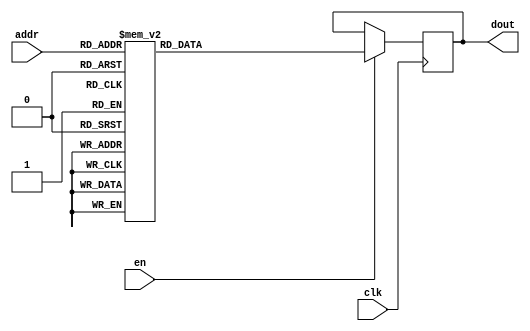
`timescale 1ns / 1ps
/*
Copyright
All right reserved.
Module Name: rom_syn
Author  : Zichuan Liu, Yixing Li and Wenye Liu.
Description:
A synthesized ROM: ROM_DEP x ROM_WID
*/
module DC_9_W_ROM_6(
// inputs
clk,
en,
addr,
// outputs
dout
);
localparam ROM_WID = 512;
localparam ROM_DEP = 32;
localparam ROM_ADDR = 5;
// input definition
input clk;
input en;
input [ROM_ADDR-1:0] addr;
// output definition
output [ROM_WID-1:0] dout;
reg [ROM_WID-1:0] data;
always @(posedge clk)
begin
if (en) begin
case(addr)
		5'd0: data <= 512'b00000101111000111011001110000110011001010010000011001010100110011010100111001011110100000111101001001110010101001101000000101101011011001000110100110001011000111110110001100110110011000110100001011010101100011100110010011010000001001010101001010110110000100111111100000001010111110001001001011000110001100011001100111101101110000101000010100011100111111010111001111100100100110000110110011001100111000100000101001001000000011111010110110010101101000000010000101100110010111000111000110001110011011010100100100011;
		5'd1: data <= 512'b00110100110011110110001111010110011110010110011010000000101100001010000010000011110110011111101101100110000111011101011000100001011011000110100000110001111011011110100110010110110101010100100001000111111110010111010000110110011011101100110011010101100011011100100100010011011110111001111001110100100000100111001101111100101110000000001110110000110111110100001001111000110110111000110101101001110111001100100001101001010100010010000100101100111000000111010111001110001100101100011100101110111000000000100101110101;
		5'd2: data <= 512'b01111110110110111001011001001010001100001001100001111101010001101101010000001011010010010110111001100100101011010111011101001111010111001001110010011110010101001000011101001111011001010000001001000110101110001001111101110110111011001000110111011101100011110111100111011110101101110010011101110111101001111011101000001111010110111101101110111101010010010111000101111010011000001010110111110111110101101001001111010110000011100100110001101111011100111101110111111001001110100100010100001100010010010100001000001101;
		5'd3: data <= 512'b10111100010100111010011110100001011111010111101010110101000110001110011101001110011000101110010000010011000100000011100100101011001010101111010111111010011110010011001001101011101110111111011100100101101010001110110010010101110000110010001101100010000101110111010111100100101010000110000100011001010000011000010111110010001101000100000100111010101100001000000000100100000000001111011000001100010111010111100000111010010110101110001110101010010011111010101101100000111001010101110100100110100001010101101010001101;
		5'd4: data <= 512'b01001111001111010101000101100011100001101010010111011001110101010001110111100000100111011010101110101100101111101101101000111010010110100001110100000101010000110101101110000000101000111100010011000100010101010111110001101100100011101000010010000000101000010010100011110100011101001011011111011010111111010001100010011100111011101001001011001101101011111010010010110001010111000110001011000100110001011010010000001101001011001010010101000000010001111000111111101011110110110011100111001001111000101001010111000000;
		5'd5: data <= 512'b00011100110010111010110011011110011111100010000010111001110010011000101101110001010100011010101010111010000001101111000000101111011110011110010000110011011010010000100111010010010101111100101011100100001000000101111010011100011001010110110100110111000001111010011110101111010000100100010001011000000000010011001101011110011111010100001110100011101101101010110000101110011110011100010110111001011111001100100000111100010101101010000010101010000101000011010101010100101001111011101010000011100010011001001100100111;
		5'd6: data <= 512'b01000100100110111000101010000110011100001100000010011101000100011000100111010101011101111011001011000100011000100011011011000010000000010100100110011011110011110101000011100010110000000010000111000100000000000001110010101011010111100101010110100100100000110001010111111011011101100001010011111111011001100000101100000001111111001010000111000111101001110110110010111100101110011000101110010010111101001101111110010101101111011010000101101100110010010101011011110010111010110101111110010001001110001001100110110100;
		5'd7: data <= 512'b01111100111111010001011001110110000010000001001110000100110101011011101110010101110111001101100101000000110000110011010110110000100100010100100100010111110011100101000100011110100100100010010011110110100000001001111110110011010011000101010101011111100111111110110100010111000110011000110010110110100111100110010101010110110000100110100111011010111100111110110001001110111101111100110111111001010011111001110011110100101011110100100001010111010011100001111111010110111011001010101110011100111000111001001000110111;
		5'd8: data <= 512'b01100101110010000010001111010100011101000010001010010001011111010011100001001101000111110110001000000000001100110010110000000000101000011101110000001011111100000001001000011100010100110001000011001111110100100100110011110011011110111101001111110101111001110111010111101010000001010001100010110111100001010010010001010111011110110110100100110110001000011111001000101000110110011101110110101010001001011101011111110101111011101010110001101001111000000010011101111110011000101011000010000111011000001100000010100110;
		5'd9: data <= 512'b01100011100110001111101000110001111101011100010111011111101001100001110110101111010110110010111111111011111010111010011111010100101101011000000011001100101101000010111101111000110000000001111111011010110101110011001101011010101111011000110011110100010110100000001011111011100100100110111000100111011111001010101011001011010110111010101011001101010010000110001111001011111010100011001100110111000000001111011011001110010010001101110011011101101000001111010010001111010110101110001001011000101111101000111111010010;
		5'd10: data <= 512'b10000001000110001010110001100101011111111010010111011001010011011010001100011000010001000111000000001011001001000011100001101011101000101110010000000011011111010001101001100010101101101111101100001011101000001010110000000101011001011010101101100101111101111101001110110111111000000110010000010100010000010100110101100110011011011000010110110111101101001110001110101101100110101100011010001100101000010110001110111100010010101011010111011010000001010001010100110110111000111001110010011010100010011001010010000111;
		5'd11: data <= 512'b10101110010010011010001011110100010001100000100110101000110110111111011110100010011001110101011011101101100101111101101000100001101110010010001010111111011010011000110100001110101001001100110100101111000000000100101001011101111010000110011100011000010111011000111100100111010111010110010111010010100000100011000111011111000101010100101100000100101111001010100001000110000000011010010110111001011111100100101010111110000111101011101000100011000111100000011111010101101100001011101110101101111000010100000010100111;
		5'd12: data <= 512'b10000011101100011001011010101001110101000000011111110111000011101111000001000011010101010010000000000100101101010011100100001001001000010001100001001010101100000100100001110101000110101100000100001110101110001100010011011110100101110101011101110101010010000011110011100111100111000101101111111011100001110100100110110111011101111111110110011111001000000011010101111000010011010011010111011110110100110101010100111010110111101111111000100111101001010000000000100000000001110100111001000100110111001111000011001011;
		5'd13: data <= 512'b01000100000110100010100110010111110111011110011100001001010011011001011111100101100111100000001111101110111001110000100010011100110110100101010000000110000000001000101110011001100100101111101100101011101101110011000001100001000101001010100000010000010111001001000010110011001001111010101000000111000110010011101001000001110000101011001110010101001011000101111110011011101001011001001010010101100000010010101010001110001110101011011100100000100010001001001100011111001010001011010010001000101010100001010111010100;
		5'd14: data <= 512'b00001011101010111111001110100101110011110100010111011110111110110011001000110010101101010011001000110100110101011100000000001110001110010100001111001101011000100111000001111100000111101000100010011000100001100110010010011110001100011001100101100110101100100111011010000001000011101001000110001000010101110101010100010001001100010011010010101101100011110010110001011001110101000100001101001000110000000010100100000100111100011001001100011000100011000000011000110111110100011010111001000011110101100111111101000010;
		5'd15: data <= 512'b11100100110111010001110101011110000010011011001000111001110111011101101111011101111000100101110000001010011000110111011000110101111000101100010011111111100011001110100101010010101011010001110101101111101100111101101101001111111111000100001101101001000001110111100100111110100110000100111101001010101010001010110111011001010110111111001111000110110110111111110110111010010111111101110110110001101101110101001101111001111010100010110001111111001001011111010101100100101011010000001010001110000010000011001110100111;
		5'd16: data <= 512'b10111000100000010011011110000100011001010001011011100111100011111000110000110100000000111110111001010000010101010110111000001000011111001001100000111010000100111010011001101011000100100101000001110101101111000100100111010010001001000010101010011110010011110000010011111111100100011110011100101101101111001011011000110010011101000111110010101011100010011011000000110000010000010001111110000110000111100000000011001011001101000000011110100100011100010010001000101011010011001101110001000000100001100110000111001001;
		5'd17: data <= 512'b10110000011110110011000010000000111011100111011000010010100101001000101001101101000100011100011001100100000011001001010000010101010010111011001011111010111111011011011001110011010010011111100010110111101010111001110110000000011010100100111101011011100001110001101100111111011011110101000010011100001000011100000000010111001111100101110011001010111110111000101011100100100010110000110011000001011110011100000101110111110101010110101110000100001100110111011110100001000111100100000111101011001000001011101001111011;
		5'd18: data <= 512'b10100111100100111111110010001000111110000101000000011110011011001100111111110100010100100100110001010111001010000011011100001111011011011100011011111000011010001011011001101111000010100011011111110110000111001000010110010110101000101010100111101101110001110101001111010100111010110010011110010101100011100011101011100001011110100010010010111110010101110100010111100100100000100001100001111011101000101001101100110010000101100101101010101110110000011101110000100001000101010100010001010101100011011100101001101011;
		5'd19: data <= 512'b00010110100101000001110101011100011110010001001010111100110000111111100111011110111010000111110100110001010010011111010100011101000001001100110011011001010110000010111111011010111110010011001001001011001100101010101001010100111101010100100001011111010001110111011011101010110110000100001100100100111011011011110101100000000100111111000100101011001110010001110100111000010001011101110100111011010111110111011100110010010011100101100010111111001001011110110100101101001000010000011010010000100100000101101010110101;
		5'd20: data <= 512'b11001110011010010011000001111010000101101001100000110001000100011101011001001100010001010110000111111010101100100001001001001111000111101101011001011110010101010110011111010011010000000001001101101110110110010101110101000010011111011101110110111101110001110001100111111011101101101111111111101111001000001100101010000111111110111000111111011100000010010010101110111010010111011011110011111011101101101000000111010011100111101001111001100011100000101100110101101011001100100101001110011100001001010100100010011111;
		5'd21: data <= 512'b10110110010011111000101101010100010011000001001110100001110110110001100111101010110101010010100110100101100110101001010011111101000011110000111000010011101010001110011000001010011100110110100011000111000000010101100000111100110011101100110000010001110011011001000111010011011110011001011011011010100011100000100101101111000110100010011110001000001011110110110001111010100100111000110101101001111111101000010101110101010001111001101000100011100010000111001101110001101100101010100110011101101000011100100000000101;
		5'd22: data <= 512'b00110100110011110010001111110110011110000110101010000000000111001010000001001011010000011001101101000000000111001101011001101011111011000110100000110001111011011000100011011111110111110110100001000111111110110101110000110010011011001110100010100001100011111100000100011010011010110001011001100100110001010111001011111011100111001000101110100001100111110100001001111100110100101000110101100101011101001100101101111001010100010010010101101010011010000101000101111101001010111101011100101111111010000000100101000101;
		5'd23: data <= 512'b01001101101110110100100110000011010110001110000111011110001101000000100011110111000101111111001011110110101000100010010011011010010001010100111110001110110001111101001010110101110010110011000111000110110001110001011101100010000101111001010000011101101010001101000000011001101100111001110011111111010001010001111000000000111111100000000011010011111000110100010001110101011111000000111011000110101010001111110111100101101101000100100101111100110000010111110010110010010011100111100101110001000001101111111100011001;
		5'd24: data <= 512'b00010101010000111010010101100100011111100110010000110000010000011100100100010000010100000111011010000011000001000011110011101111000100101110010001010111111110010011000111101010001101111111001100000101101000001000110010010101001000010010011101101110010101111110010111101110110000001100010001110100010011011101001101100010011110000100101110100010101100100110110100101001011010011100011000001000011111101101100010111010000111100010000110101110000001101011000101000000111001010001111010110010101000000000011010100101;
		5'd25: data <= 512'b00001011001100110000110110001100010011000111001011010010001101101110010000000100000100011100000010010010001100010001000000001101011010111101001011000000001010001111110001100111010110111101001111000111110111111110010010001010000100010001100101110000000100011001111101100111011010100111101110001111100001011100001001110001011110001011010010011110101010011000010110101100100010110001010110111000001101110000000100111010110001001111000100100101101011111000000000101001000111000101010001000111100011101101101010001010;
		5'd26: data <= 512'b01011100010011111001000101110110000001101010100101000000100111111011000110010001100110001110100001000100110011110101011011100000000111101100101100100111010101111101000101010110011101001110110011110101011000011000100000101000010011010100110100011100110110111101110100010101010101011001100011010010011110010100010000011110110000111101101111001110111010001010111001010110011111111100101011001011011011111000010110110100001000110100100101001101001111100101010110010010011011110011101110001001111100111001101100100111;
		5'd27: data <= 512'b10110110000001101100100010000100111110010100011011100010001011101010001101010011011101001000101101100111010111001101000000100001111010101100100000100011001000001010110111100111100110101110110000001101101010110100001010010100111100000010100011010000110101100101010100001011010010010001000001110100000001100011001101111001101110000111000100110001011111101101101001100100100100111000110000001001010110001100100101111001110100010111010110101110111010000011001000101100111101111101011101110111111011001000101100110001;
		5'd28: data <= 512'b11000011000010111100101100000010110101101000010011111010100001100000010100100101000101011010100011111100111010011000111111011110000100101000010100000110001001000000101001110000010001100011001111001110110101100001010000010110100101011000110010110000011010000010101011110011110001101011111011000111010001010111101000000011001011001010111010101001111011000010111111101001101110101001001101011010011000000010100110001100101001011001000100001100100110001001000000011010010110101011011111101001010110101001010111100000;
		5'd29: data <= 512'b11011110100101010100011001110100000111101110100100010100101110111110010010001010110011000101000000011011101000110101100111100001100100110111011010001000110100011100100110010010101100000100110111100101111100111101110111101110111010011101111001111101100101111000100100101110010101001100100001100010101010011000000110001100100110001010101101000110100100100100100110111010011001011111010101100001101101111101100111110011010011110001111111110011100011111100101101111000101000010011101010101111110010011101101000110111;
		5'd30: data <= 512'b11000011100110101111001000110001110101110101011111001011011101000001111101101101100111000000010111101101111101111110010011011110100101111000000000001110101001100110101101111001110000100001001100011010111011110001001010001111000111101011110101000010011110000001001011110011001001101011111001100101010101100001101001000001010010111011000010010101010011000001011100101011101111100001001110010110100000010111101110001100101010001011111000010001100010001000001000011110010010001010000011011000000110101001111110110010;
		5'd31: data <= 512'b11110001101010001111101011001001111100010100111100100100001110000011111011101011000000110000111011100011111101110110110100110100111000001001000001101100101100000010100101111001100101110001011000111011101011101010011011010011011001000000101111010111011010100100010010000011111000111110110000000101110100000111001011010001000100011010000001110101011000010001001101100111101100100001001100010110000010000111011011001000001110000001011000000100011010000010100010000100000001001100110000111000101001101010011101011100;
		endcase
		end
	end
	assign dout = data;
endmodule